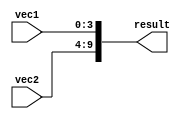
module concat_example(
  input [3:0] vec1,
  input [5:0] vec2,
  output [9:0] result
);

assign result = {vec2, vec1};

endmodule